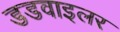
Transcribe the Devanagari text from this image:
डडवाइलर